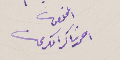
المخلص
احمد شاكر الكريحات